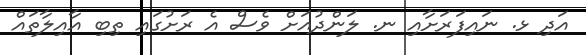
އަދި ޅ. ނައިފަރަށާއި ނ. ލަންދުއަށް ވެސް އެ ރަށުގައި ތިބި އާއިލާތައް